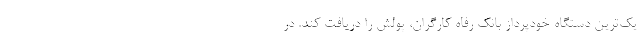
یک‌ترین دستگاه خودپرداز بانک رفاه کارگران، پولش را دریافت کند. در